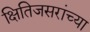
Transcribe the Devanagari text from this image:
क्षितिजसरांच्या